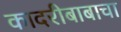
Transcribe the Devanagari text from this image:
कादरीबाबाचा